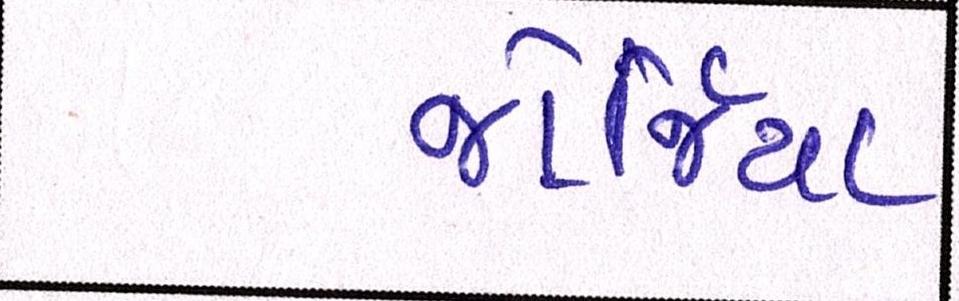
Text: જોર્જિયા